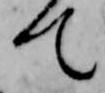
て